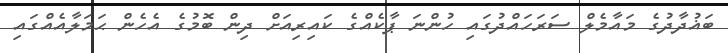
ބަޣުދާދުގެ މައާމެލް ސަރަހައްދުގައި ހުންނަ ޕާކެއްގެ ކައިރިއަށް ދިން ބޮމުގެ އެހެން ޙަމަލާއެއްގައި